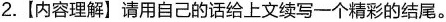
2.【内容理解】请用自己的话给上文续写一个精彩的结尾。